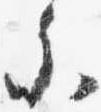
参